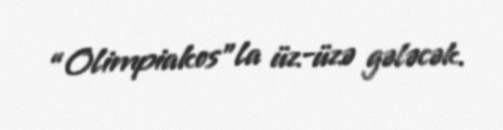
“Olimpiakos”la üz-üzə gələcək.